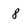
Character: 8